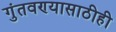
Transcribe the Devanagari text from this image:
गुंतवण्‍यासाठीही